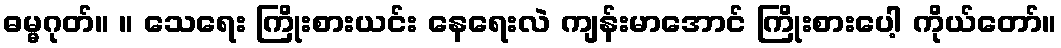
ဓမ္မဂုတ်။ ။ သေရေး ကြိုးစားယင်း နေရေးလဲ ကျန်းမာအောင် ကြိုးစားပေါ့ ကိုယ်တော်။